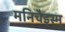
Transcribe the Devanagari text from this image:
मनिचैइस्म